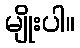
မျိုးပါ။